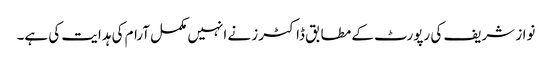
نواز شریف کی رپورٹ کے مطابق ڈاکٹرز نے انہیں مکمل آرام کی ہدایت کی ہے۔